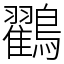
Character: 鸐